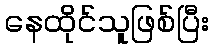
နေထိုင်သူဖြစ်ပြီး